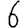
Digit: 6